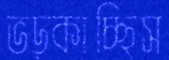
ভড়্‌কাচ্ছিস